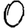
Digit: 0